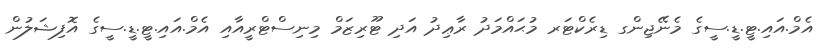
އެމް.އައި.ޓީ.ޑީ.ސީގެ މެނޭޖިންގ ޑިރެކްޓަރ މުޙައްމަދު ރާޢިދު އަދި ޓޫރިޒަމް މިނިސްޓްރީއާއި އެމް.އައި.ޓީ.ޑީ.ސީގެ އޮފިޝަލުން